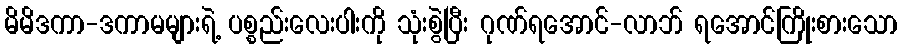
မိမိဒကာ-ဒကာမများရဲ့ ပစ္စည်းလေးပါးကို သုံးစွဲပြီး ဂုဏ်ရအောင်-လာဘ် ရအောင်ကြိုးစားသော